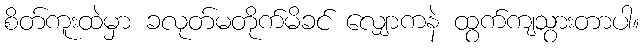
စိတ်ကူးထဲမှာ ခလုတ်မတိုက်မိခင် လျှောကနဲ ထွက်ကျသွားတာပါ။